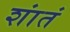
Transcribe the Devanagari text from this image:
शांतं